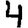
Digit: 4